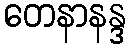
တေနာနန္ဒ